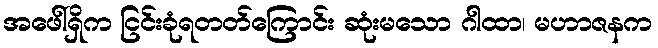
အဖေါ်ရှိက ငြင်းခုံရတတ်ကြောင်း ဆုံးမသော ဂါထာ၊ မဟာဇနက